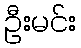
ဦးမင်း